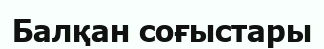
Балқан соғыстары